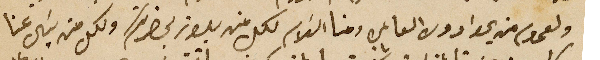
ولعموم من يحوا دوره العامره ومنا السَلام لكل من يلوز بحضرتكم ولكل من يسَال عنا